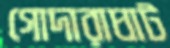
গোদারাঘাট